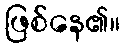
ဖြစ်နေ၏။